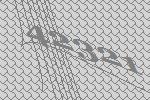
42321